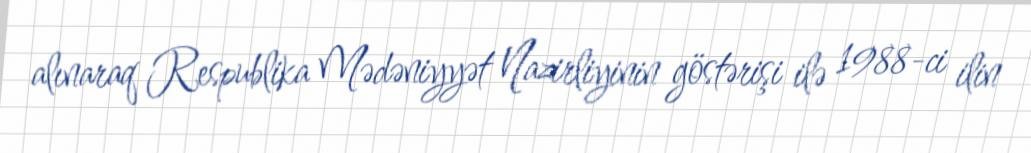
alınaraq Respublika Mədəniyyət Nazirliyinin göstərişi ilə 1988-ci ilin